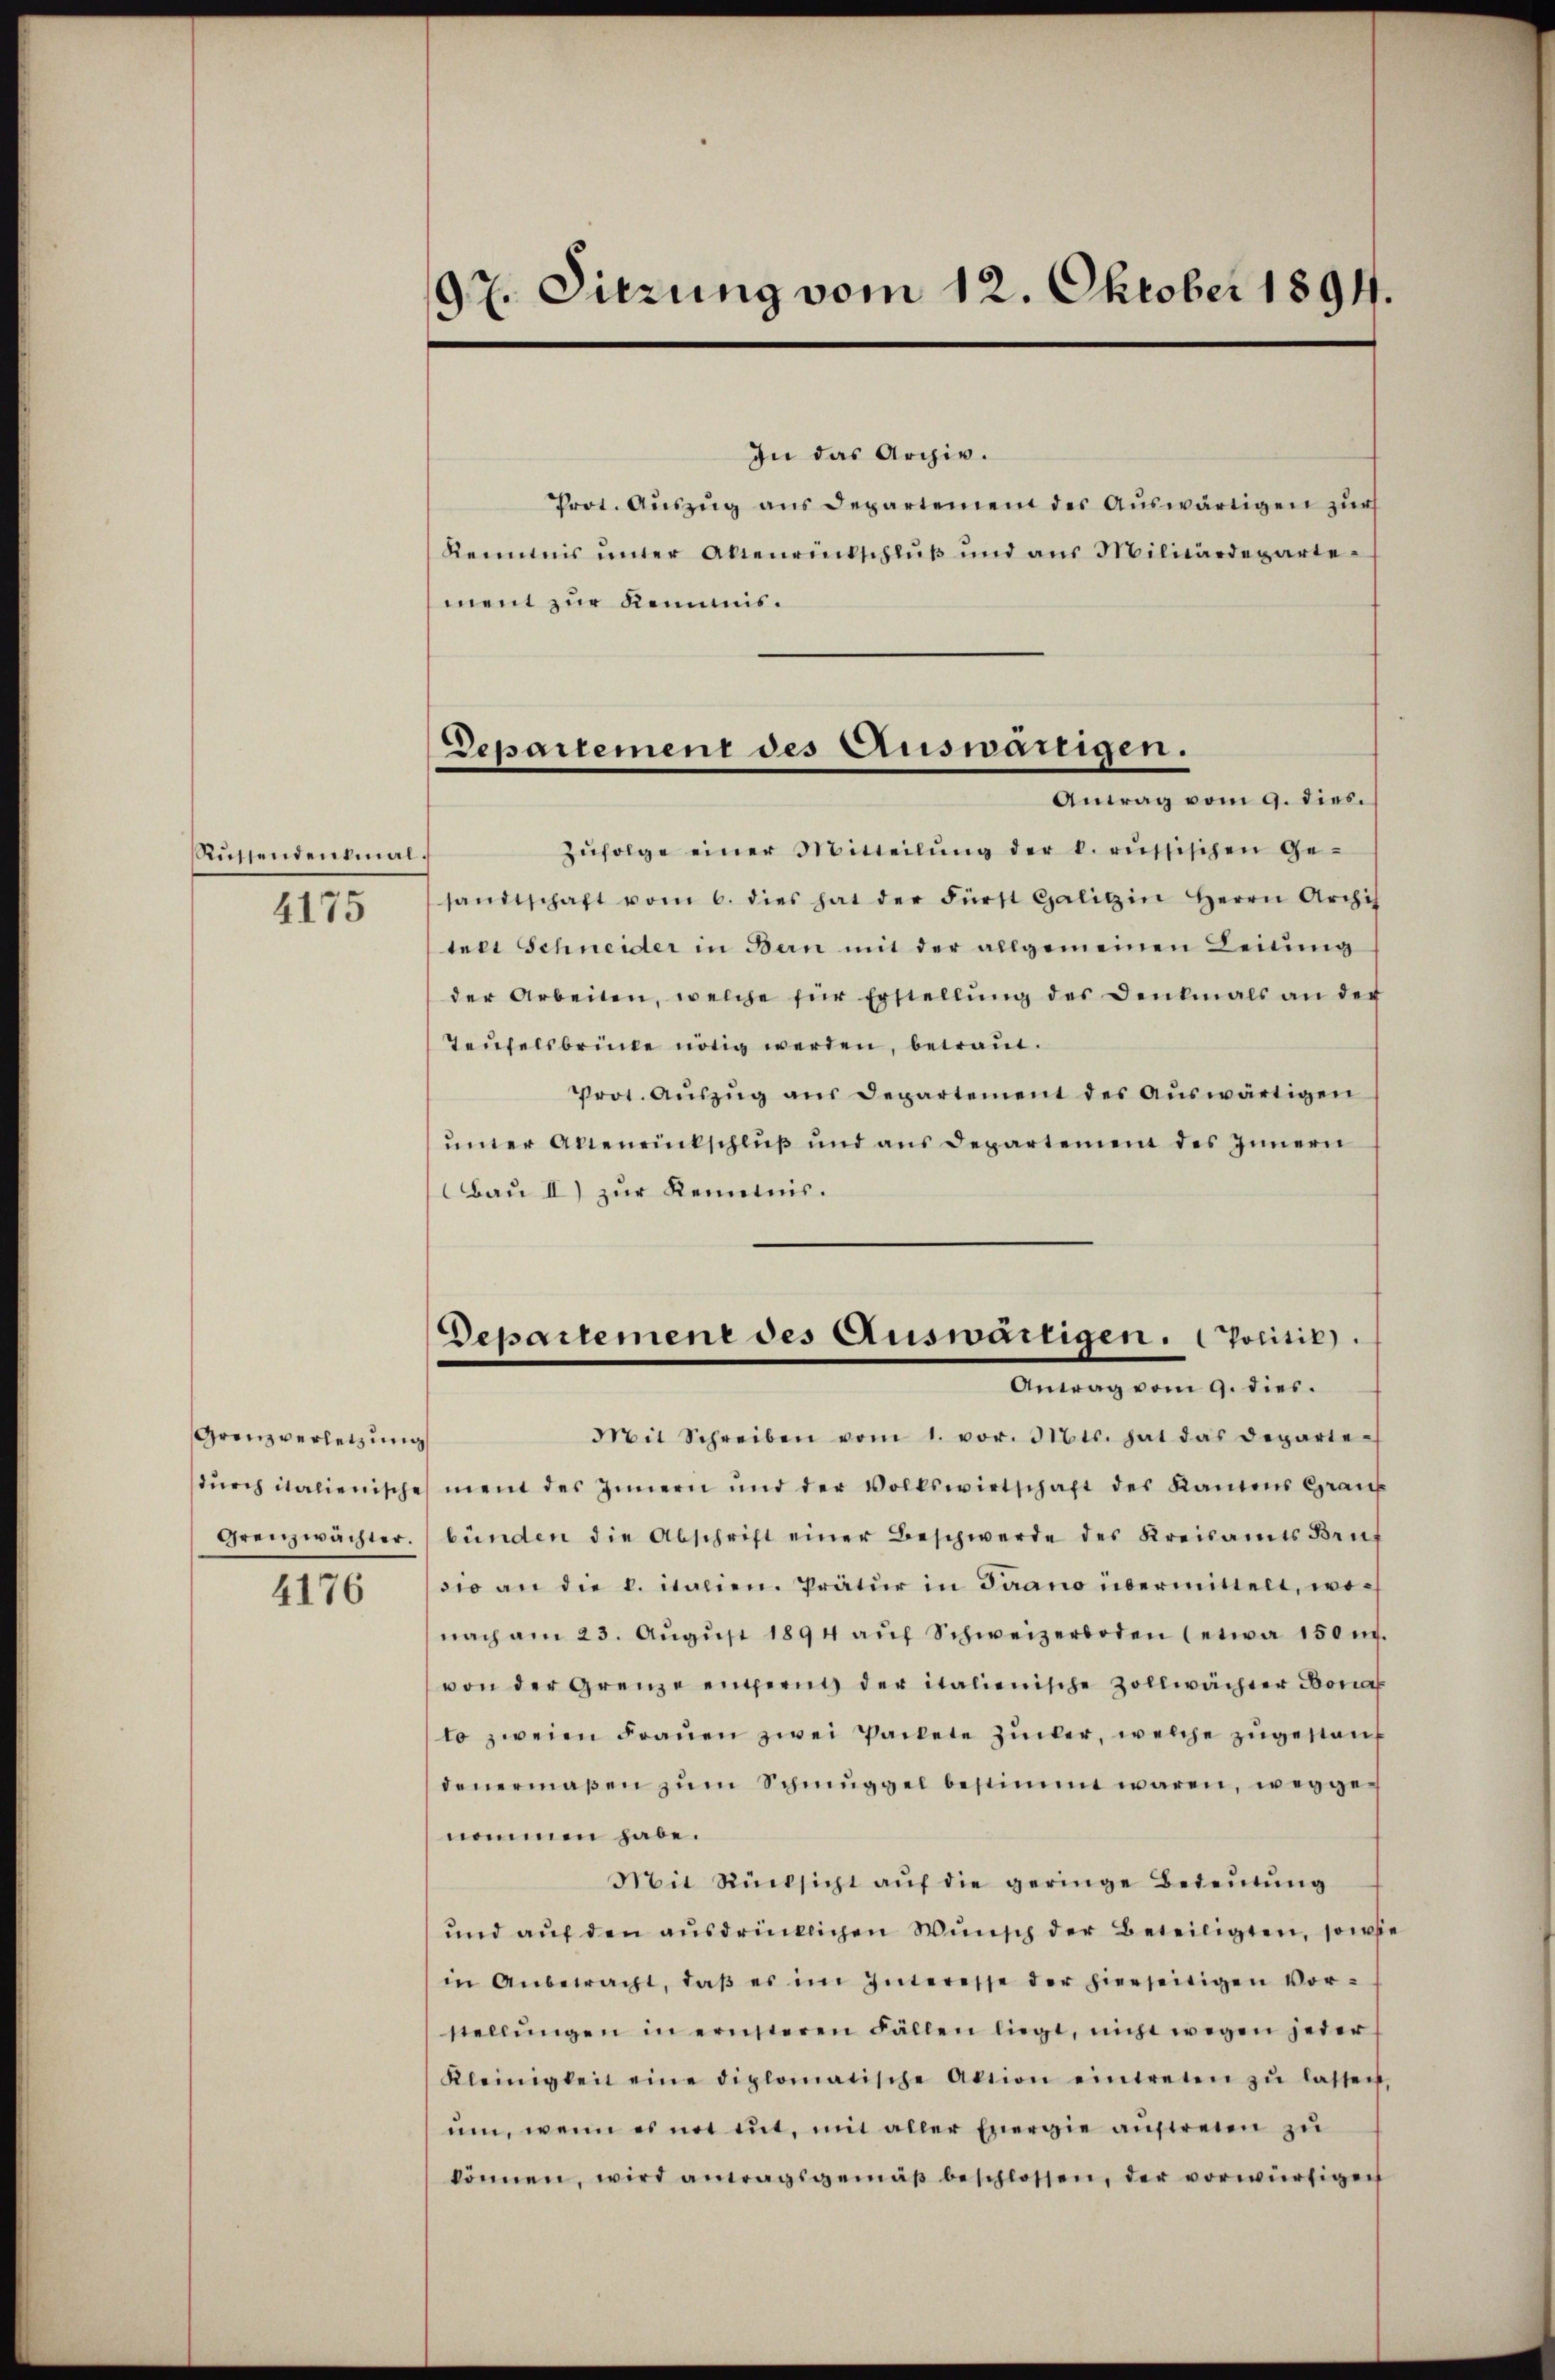
Rüssendenkmal.
4175

Grenzverletzung
durch italienische
Grenzwächter.

4176

97. Sitzung vom 12. Oktober 1894.

Departement des Auswärtigen.
Antag vom 9. dies.

In das Archiv.
Prot. Aŭszŭg ans Departement des Aŭswärtigen zur
Kenntnis unter Altenrückschluß und aus Militärdepartement zur Kommiszŭfolge einer Mitteilŭng der k. russischen Ge-
sandtschaft vom 6. dies hat der Fürst Galizin Herrn Archis
trer Schneider in Bern mit der allgemeinen Leitŭng
der Arbeiten, welche für Erstellŭng des Denkmals an der
Taufelsbrücke nötig werden, betraut.
Prot. Aŭszŭg aŭs Departement des Aŭswärtigen
uner Altenrütschluß und aus Departement des Innern
Bau II) zŭr Kenntnis.
Departemene des Auswärtigen. Politik.
Antrag vom 9. dies.
Mit Schreiben vom 1. vor. Mts. hat das Departe-
ment des Innern und der Vollswirtschaft des Kamens Grau
bünden die Abschrift einer Beschwerde des Kreisamts Bruf
sio an die l. italien. Prätur in Trano übermittelt, wonach am 23. Aŭgŭst 1894 aŭf Schweizerboden (etwa 150 n.
von der Grenze entfernt der italienische Zollwächter Bona
to zweien Fraŭen zwei Packete Zucker, welche zugestanz
denermaßen zŭm Schmuggel bestimmt waren, weggenommen habe.
Mit Rücksicht aŭf die geringe Bedeŭtŭng
und auf den ausdrücklichen Wunsch der Beteiligten, sowie
in Anbetracht, daβ es im Interesse der hierseitigen Vor-
stellŭngen in ernsteren Fällen liegt, nicht wegen jeder
Kleinigkeit eine diplomatische Aktion eintreten zŭ lassen,
um, wenn es not mit, mit aller Energie aufreien zu
können, wird antagsgemäβ beschlossen, der vorwürfigen